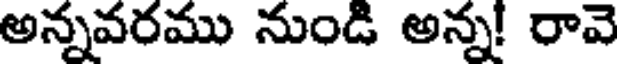
అన్నవరము నుండి అన్న! రావె